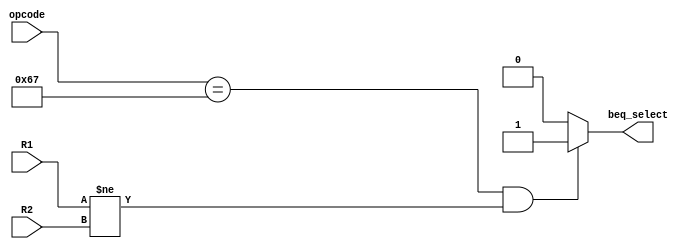
`timescale 1ns / 1ps

module beq_check(
    input [6:0] opcode,
input [31:0] R1 ,
input [31:0] R2 ,
output reg beq_select
    );
        // comparator unit for static branch prediction(Branch Not taken scheme)
    reg [31:0] R3 ;
    always @(R1,R2,opcode)
    begin
    if((opcode == 7'b1100111) && (R1 != R2))
    beq_select = 1'b1;
    else
    beq_select = 1'b0;
    end
endmodule